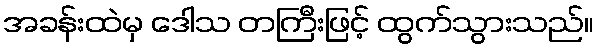
အခန်းထဲမှ ဒေါသ တကြီးဖြင့် ထွက်သွားသည်။